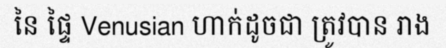
នៃ ផ្ទៃ Venusian ហាក់ដូចជា ត្រូវបាន រាង